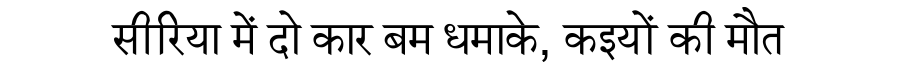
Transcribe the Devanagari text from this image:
सीरिया में दो कार बम धमाके, कइयों की मौत